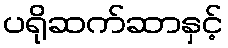
ပရိုဆက်ဆာနှင့်